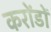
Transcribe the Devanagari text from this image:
करोंडों